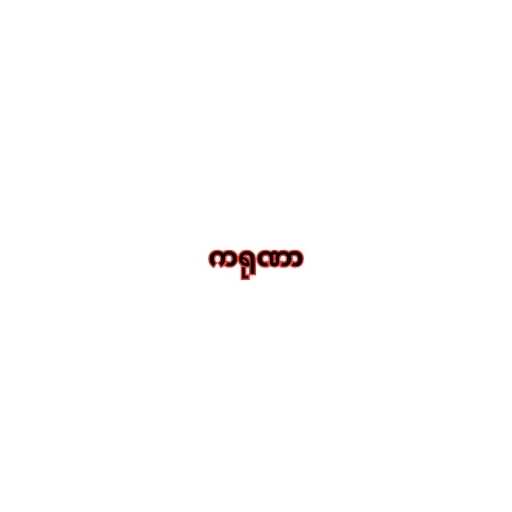
ကရုဏာ